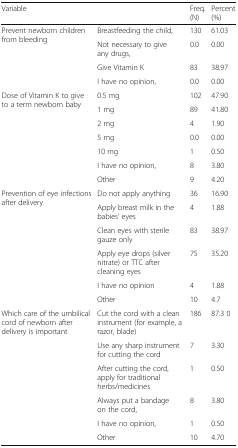
<table><thead><tr><td><b>Variable</b></td><td></td><td><b>Freq. (N)</b></td><td><b>Percent (%)</b></td></tr></thead><tbody><tr><td rowspan="4">Prevent newborn children from bleeding</td><td>Breastfeeding the child,</td><td>130</td><td>61.03</td></tr><tr><td>Not necessary to give any drugs,</td><td>0.0</td><td>0.00</td></tr><tr><td>Give Vitamin K</td><td>83</td><td>38.97</td></tr><tr><td>I have no opinion,</td><td>0.0</td><td>0.00</td></tr><tr><td rowspan="7">Dose of Vitamin K to give to a term newborn baby</td><td>0.5 mg</td><td>102</td><td>47.90</td></tr><tr><td>1 mg</td><td>89</td><td>41.80</td></tr><tr><td>2 mg</td><td>4</td><td>1.90</td></tr><tr><td>5 mg</td><td>0.0</td><td>0.00</td></tr><tr><td>10 mg</td><td>1</td><td>0.50</td></tr><tr><td>I have no opinion,</td><td>8</td><td>3.80</td></tr><tr><td>Other</td><td>9</td><td>4.20</td></tr><tr><td rowspan="6">Prevention of eye infections after delivery</td><td>Do not apply anything</td><td>36</td><td>16.90</td></tr><tr><td>Apply breast milk in the babies’ eyes</td><td>4</td><td>1.88</td></tr><tr><td>Clean eyes with sterile gauze only</td><td>83</td><td>38.97</td></tr><tr><td>Apply eye drops (silver nitrate) or TTC after cleaning eyes</td><td>75</td><td>35.20</td></tr><tr><td>I have no opinion</td><td>4</td><td>1.88</td></tr><tr><td>Other</td><td>10</td><td>4.7</td></tr><tr><td rowspan="6">Which care of the umbilical cord of newborn after delivery is important</td><td>Cut the cord with a clean instrument (for example, a razor, blade)</td><td>186</td><td>87.3 0</td></tr><tr><td>Use any sharp instrument for cutting the cord</td><td>7</td><td>3.30</td></tr><tr><td>After cutting the cord, apply for traditional herbs/medicines</td><td>1</td><td>0.50</td></tr><tr><td>Always put a bandage on the cord,</td><td>8</td><td>3.80</td></tr><tr><td>I have no opinion,</td><td>1</td><td>0.50</td></tr><tr><td>Other</td><td>10</td><td>4.70</td></tr></tbody></table>